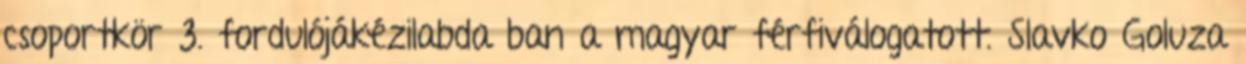
csoportkör 3. fordulójákézilabda ban a magyar férfiválogatott. Slavko Goluza